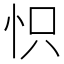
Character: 怾